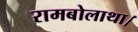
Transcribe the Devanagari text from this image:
रामबोलाथा।